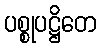
ပစ္စုပဋ္ဌိတေ